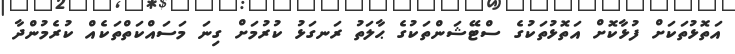
އަތޮޅުތަކަށް ފުޅާކޮށް އަތޮޅުތަކުގެ ސްޓޭޝަންތަކުގެ ޙާލަތު ރަނގަޅު ކުރުމަށް ގިނަ މަސައްކަތްތަކެއް ކުރެެމުންދާ